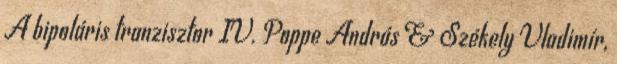
A bipoláris tranzisztor IV. Poppe András & Székely Vladimír,